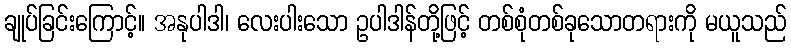
ချုပ်ခြင်းကြောင့်။ အနုပါဒါ၊ လေးပါးသော ဥပါဒါန်တို့ဖြင့် တစ်စုံတစ်ခုသောတရားကို မယူသည်